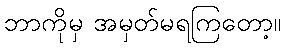
ဘာကိုမှ အမှတ်မရကြတော့။